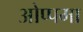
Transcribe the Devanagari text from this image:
ओप्पमा